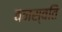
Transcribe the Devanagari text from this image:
वनस्वति